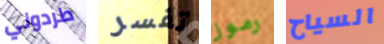
طردوني تفسر رموز السياح